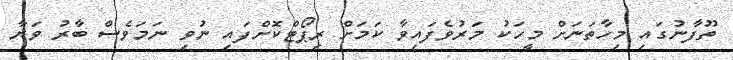
ތޫފާނުގައި މިހާތަނަށް މީހަކު މަރުވެފައިވާ ކަމަށް ރިޕޯޓްކޮށްފައި ނުވި ނަމަވެސް ބާރު ވަޔާ